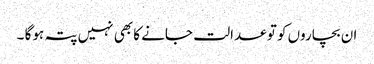
ان بچاروں کو تو عدالت جانے کا بھی نہیں پتہ ہوگا ۔